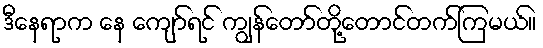
ဒီနေရာက နေ ကျော်ရင် ကျွန်တော်တို့တောင်တက်ကြမယ်။